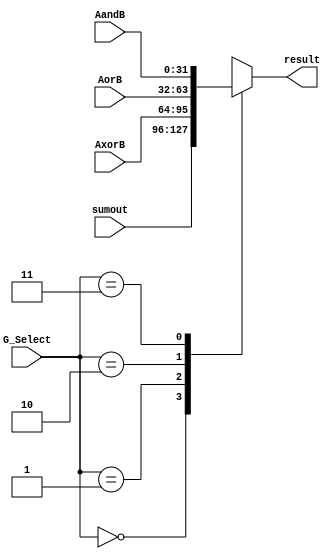
`timescale 1ns / 1ps

module Result_MUX(

    input       [1:0]       G_Select,
    input       [31:0]      sumout,
    input       [31:0]      AxorB,
    input       [31:0]      AorB,
    input       [31:0]      AandB,
    output reg  [31:0]      result
    

    );


always @(*) begin


case ( G_Select )
    
    
    
    2'b00: begin
                result  =   sumout;
            end
            
    
    2'b01: begin
                result  =   AxorB;
            end
    
    
    2'b10: begin
                result  =   AorB;
            end
    
    2'b11:  begin
                result  =   AandB;
            end
    
    
    endcase

end

        
endmodule